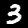
Digit: 3